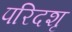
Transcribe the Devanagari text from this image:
परिदशृ